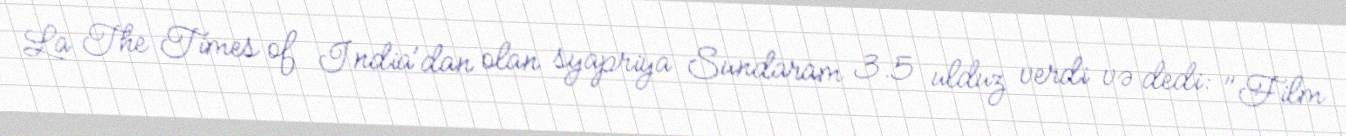
La The Times of India'dan olan syapriya Sundaram 3.5 ulduz verdi və dedi: "Film